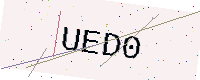
Text: UED0